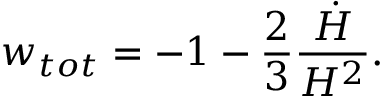
w _ { t o t } = - 1 - \frac { 2 } { 3 } \frac { \dot { H } } { H ^ { 2 } } .